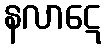
နလာဋေ